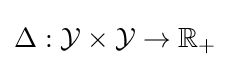
\Delta :{\mathcal {Y}}\times {\mathcal {Y}}\to \mathbb {R} _{+}